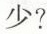
少?